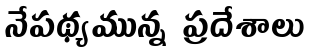
నేపథ్యమున్న ప్రదేశాలు